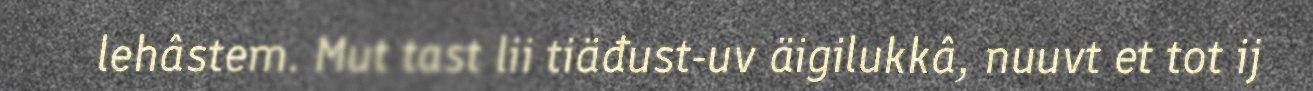
lehâstem. Mut tast lii tiäđust-uv äigilukkâ, nuuvt et tot ij